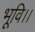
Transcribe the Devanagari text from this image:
भूवि।।